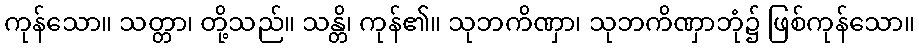
ကုန်သော။ သတ္တာ၊ တို့သည်။ သန္တိ၊ ကုန်၏။ သုဘကိဏှာ၊ သုဘကိဏှာဘုံ၌ ဖြစ်ကုန်သော။